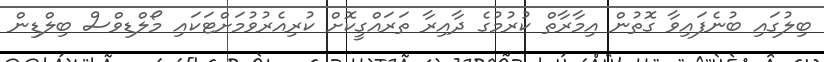
ބިލުގައި ބުނެފައިވާ ގޮތުން އިމާރާތް ކުރުމުގެ ދާއިރާ ތަރައްގީކޮށް ކުރިއެރުވުމަށްޓަކައި މޯލްޑިވްސް ބިލްޑިން